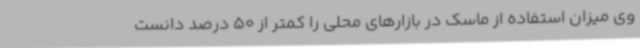
وی میزان استفاده از ماسک در بازارهای محلی را کمتر از 50 درصد دانست